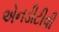
એનડીટીવી